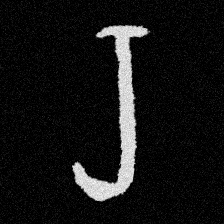
Pyu character \u2014 Myanmar letter: ရ (romanized: ra)